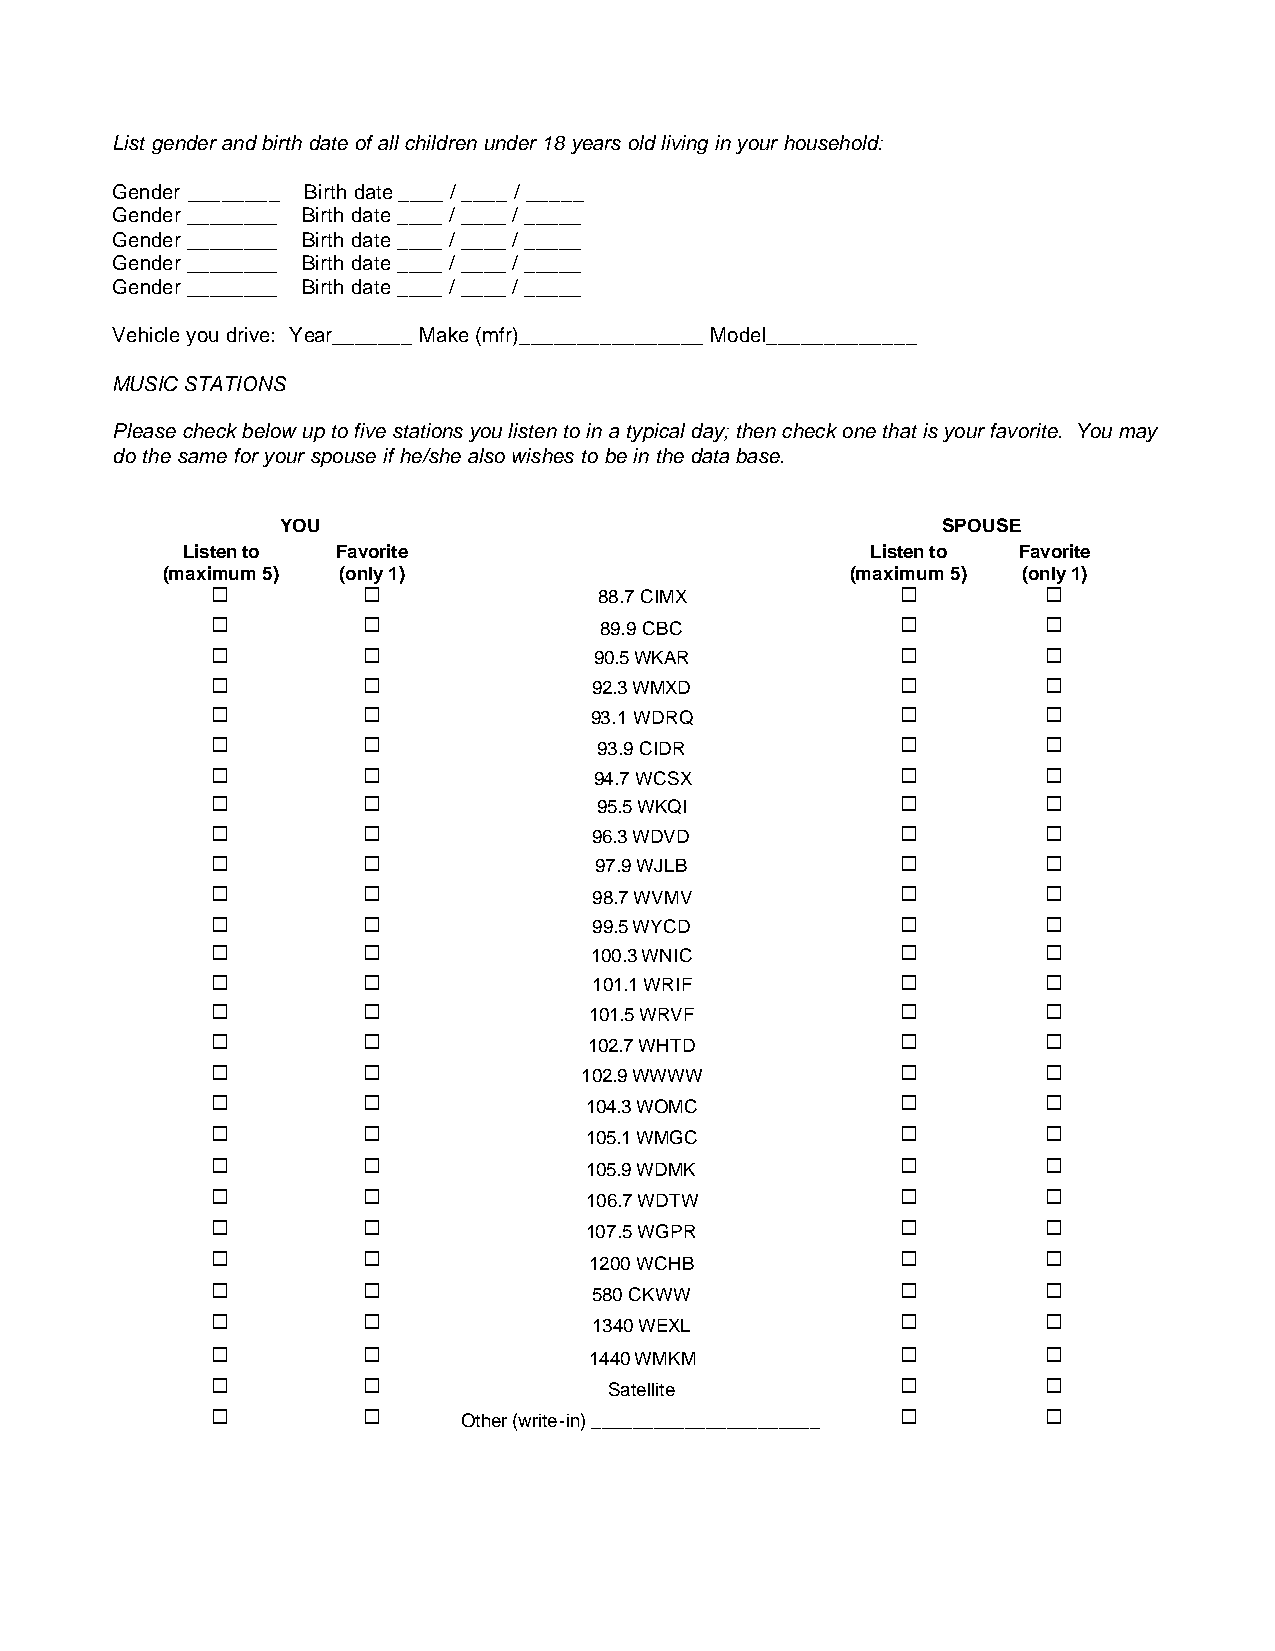
List gender and birth date of all children under 18 years old living in your household:
 Gender ________ Birth date ____ / ____ / _____
 Gender ________ Birth date ____ / ____ / _____
 Gender ________ Birth date ____ / ____ / _____
 Gender ________ Birth date ____ / ____ / _____
 Gender ________ Birth date ____ / ____ / _____
 Vehicle you drive: Year_______ Make (mfr)________________ Model_____________
 MUSIC STATIONS
 Please check below up to five stations you listen to in a typical day; then check one that is your favorite. You may
 do the same for your spouse if he/she also wishes to be in the data base.
 YOU                                        SPOUSE
 Listen to Favorite                            Listen to Favorite
 (maximum 5) (only 1)                         (maximum 5) (only 1)
 ¤         ¤               88.7 CIMX           ¤        ¤
 ¤         ¤               89.9 CBC            ¤        ¤
 ¤         ¤              90.5 WKAR            ¤        ¤
 ¤         ¤              92.3 WMXD            ¤        ¤
 ¤         ¤              93.1 WDRQ            ¤        ¤
 ¤         ¤               93.9 CIDR           ¤        ¤
 ¤         ¤              94.7 WCSX            ¤        ¤
 ¤         ¤               95.5 WKQI           ¤        ¤
 ¤         ¤              96.3 WDVD            ¤        ¤
 ¤         ¤              97.9 WJLB            ¤        ¤
 ¤         ¤              98.7 WVMV            ¤        ¤
 ¤         ¤              99.5 WYCD            ¤        ¤
 ¤         ¤              100.3 WNIC           ¤        ¤
 ¤         ¤              101.1 WRIF           ¤        ¤
 ¤         ¤              101.5 WRVF           ¤        ¤
 ¤         ¤              102.7 WHTD           ¤        ¤
 ¤         ¤             102.9 WWWW            ¤        ¤
 ¤         ¤              104.3 WOMC           ¤        ¤
 ¤         ¤              105.1 WMGC           ¤        ¤
 ¤         ¤              105.9 WDMK           ¤        ¤
 ¤         ¤              106.7 WDTW           ¤        ¤
 ¤         ¤              107.5 WGPR           ¤        ¤
 ¤         ¤              1200 WCHB            ¤        ¤
 ¤         ¤              580 CKWW             ¤        ¤
 ¤         ¤              1340 WEXL            ¤        ¤
 ¤         ¤              1440 WMKM            ¤        ¤
 ¤         ¤               Satellite           ¤        ¤
 ¤         ¤      Other (write-in) ______________________ ¤ ¤